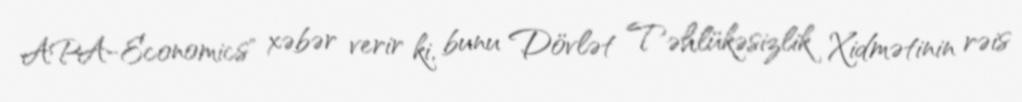
APA-Economics" xəbər verir ki, bunu Dövlət Təhlükəsizlik Xidmətinin rəis